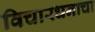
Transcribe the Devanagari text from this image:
विचारधनाचा